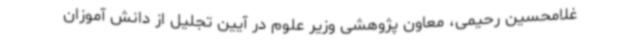
غلامحسین رحیمی، معاون پژوهشی وزیر علوم در آیین تجلیل از دانش آموزان